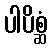
ပါပိစ္ဆံ